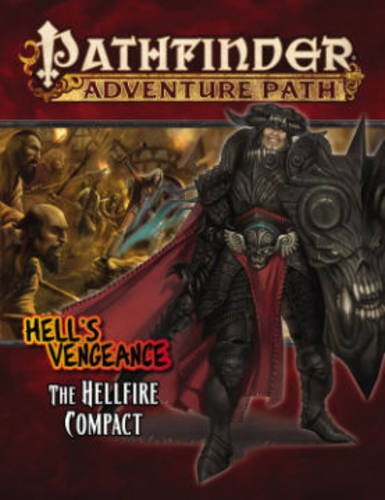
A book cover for Pathfinder Adventure Path: Hell's Vengeance 1 of 6-The Hellfire Compact; F. Wesley Schneider; Science Fiction & Fantasy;